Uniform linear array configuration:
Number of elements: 8
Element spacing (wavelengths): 0.25
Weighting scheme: kaiser
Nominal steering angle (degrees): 60
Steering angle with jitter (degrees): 59.477
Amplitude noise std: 0.05
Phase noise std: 0.05

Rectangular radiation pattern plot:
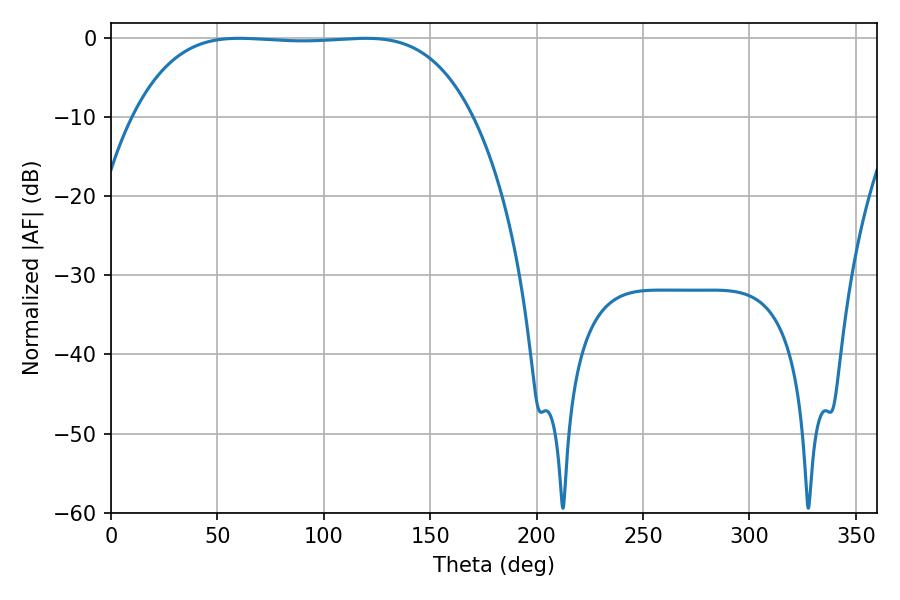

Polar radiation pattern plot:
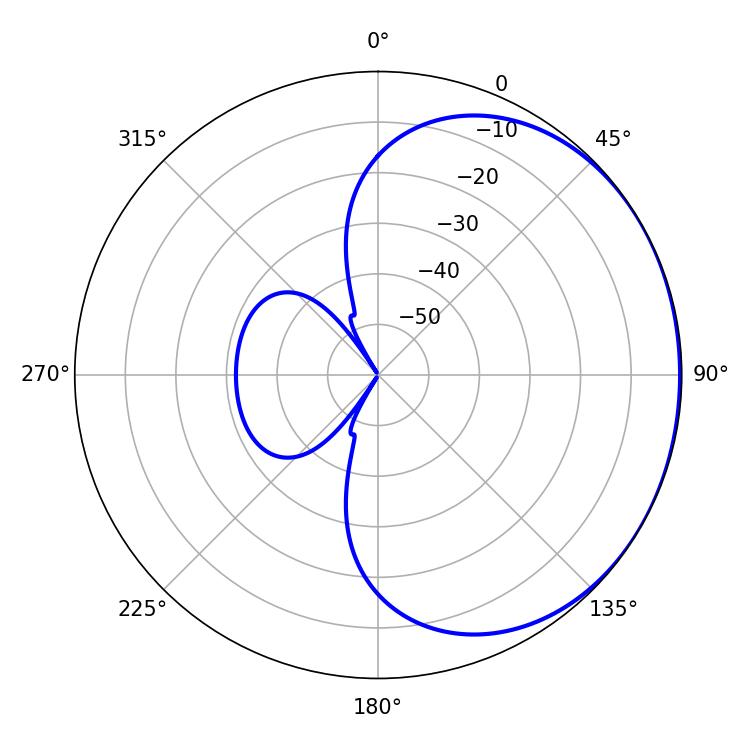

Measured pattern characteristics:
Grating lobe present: FALSE
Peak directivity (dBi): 0.751
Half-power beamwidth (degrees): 123.84
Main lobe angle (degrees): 60.3